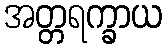
အတ္တရက္ခာယ